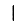
Digit: 1